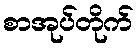
စာအုပ်တိုက်